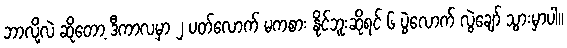
ဘာလို့လဲ ဆိုတော့ ဒီကာလမှာ ၂ ပတ်လောက် မကစား နိုင်ဘူးဆိုရင် ၆ ပွဲလောက် လွဲချော် သွားမှာပါ။